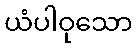
ယံပါဝုသော